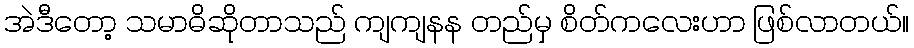
အဲဒီတော့ သမာဓိဆိုတာသည် ကျကျနန တည်မှ စိတ်ကလေးဟာ ဖြစ်လာတယ်။